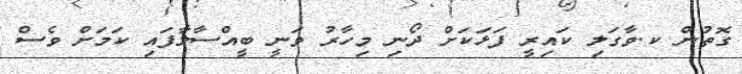
ގޮތުން ކ.ވާގަލި ކައިރީ ފަޅަކަށް ދޯނި މިހާރު ވަނީ ބީއްސާލާފައި ކަމަށް ވެސް